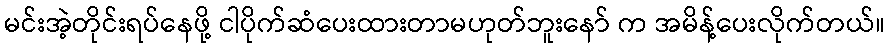
မင်းအဲ့တိုင်းရပ်နေဖို့ ငါပိုက်ဆံပေးထားတာမဟုတ်ဘူးနော် က အမိန့်ပေးလိုက်တယ်။